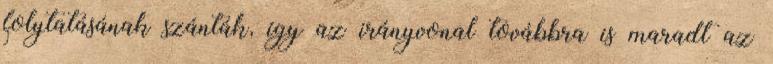
folytatásának szánták, így az irányvonal továbbra is maradt az